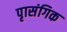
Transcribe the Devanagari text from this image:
पृासंगिक